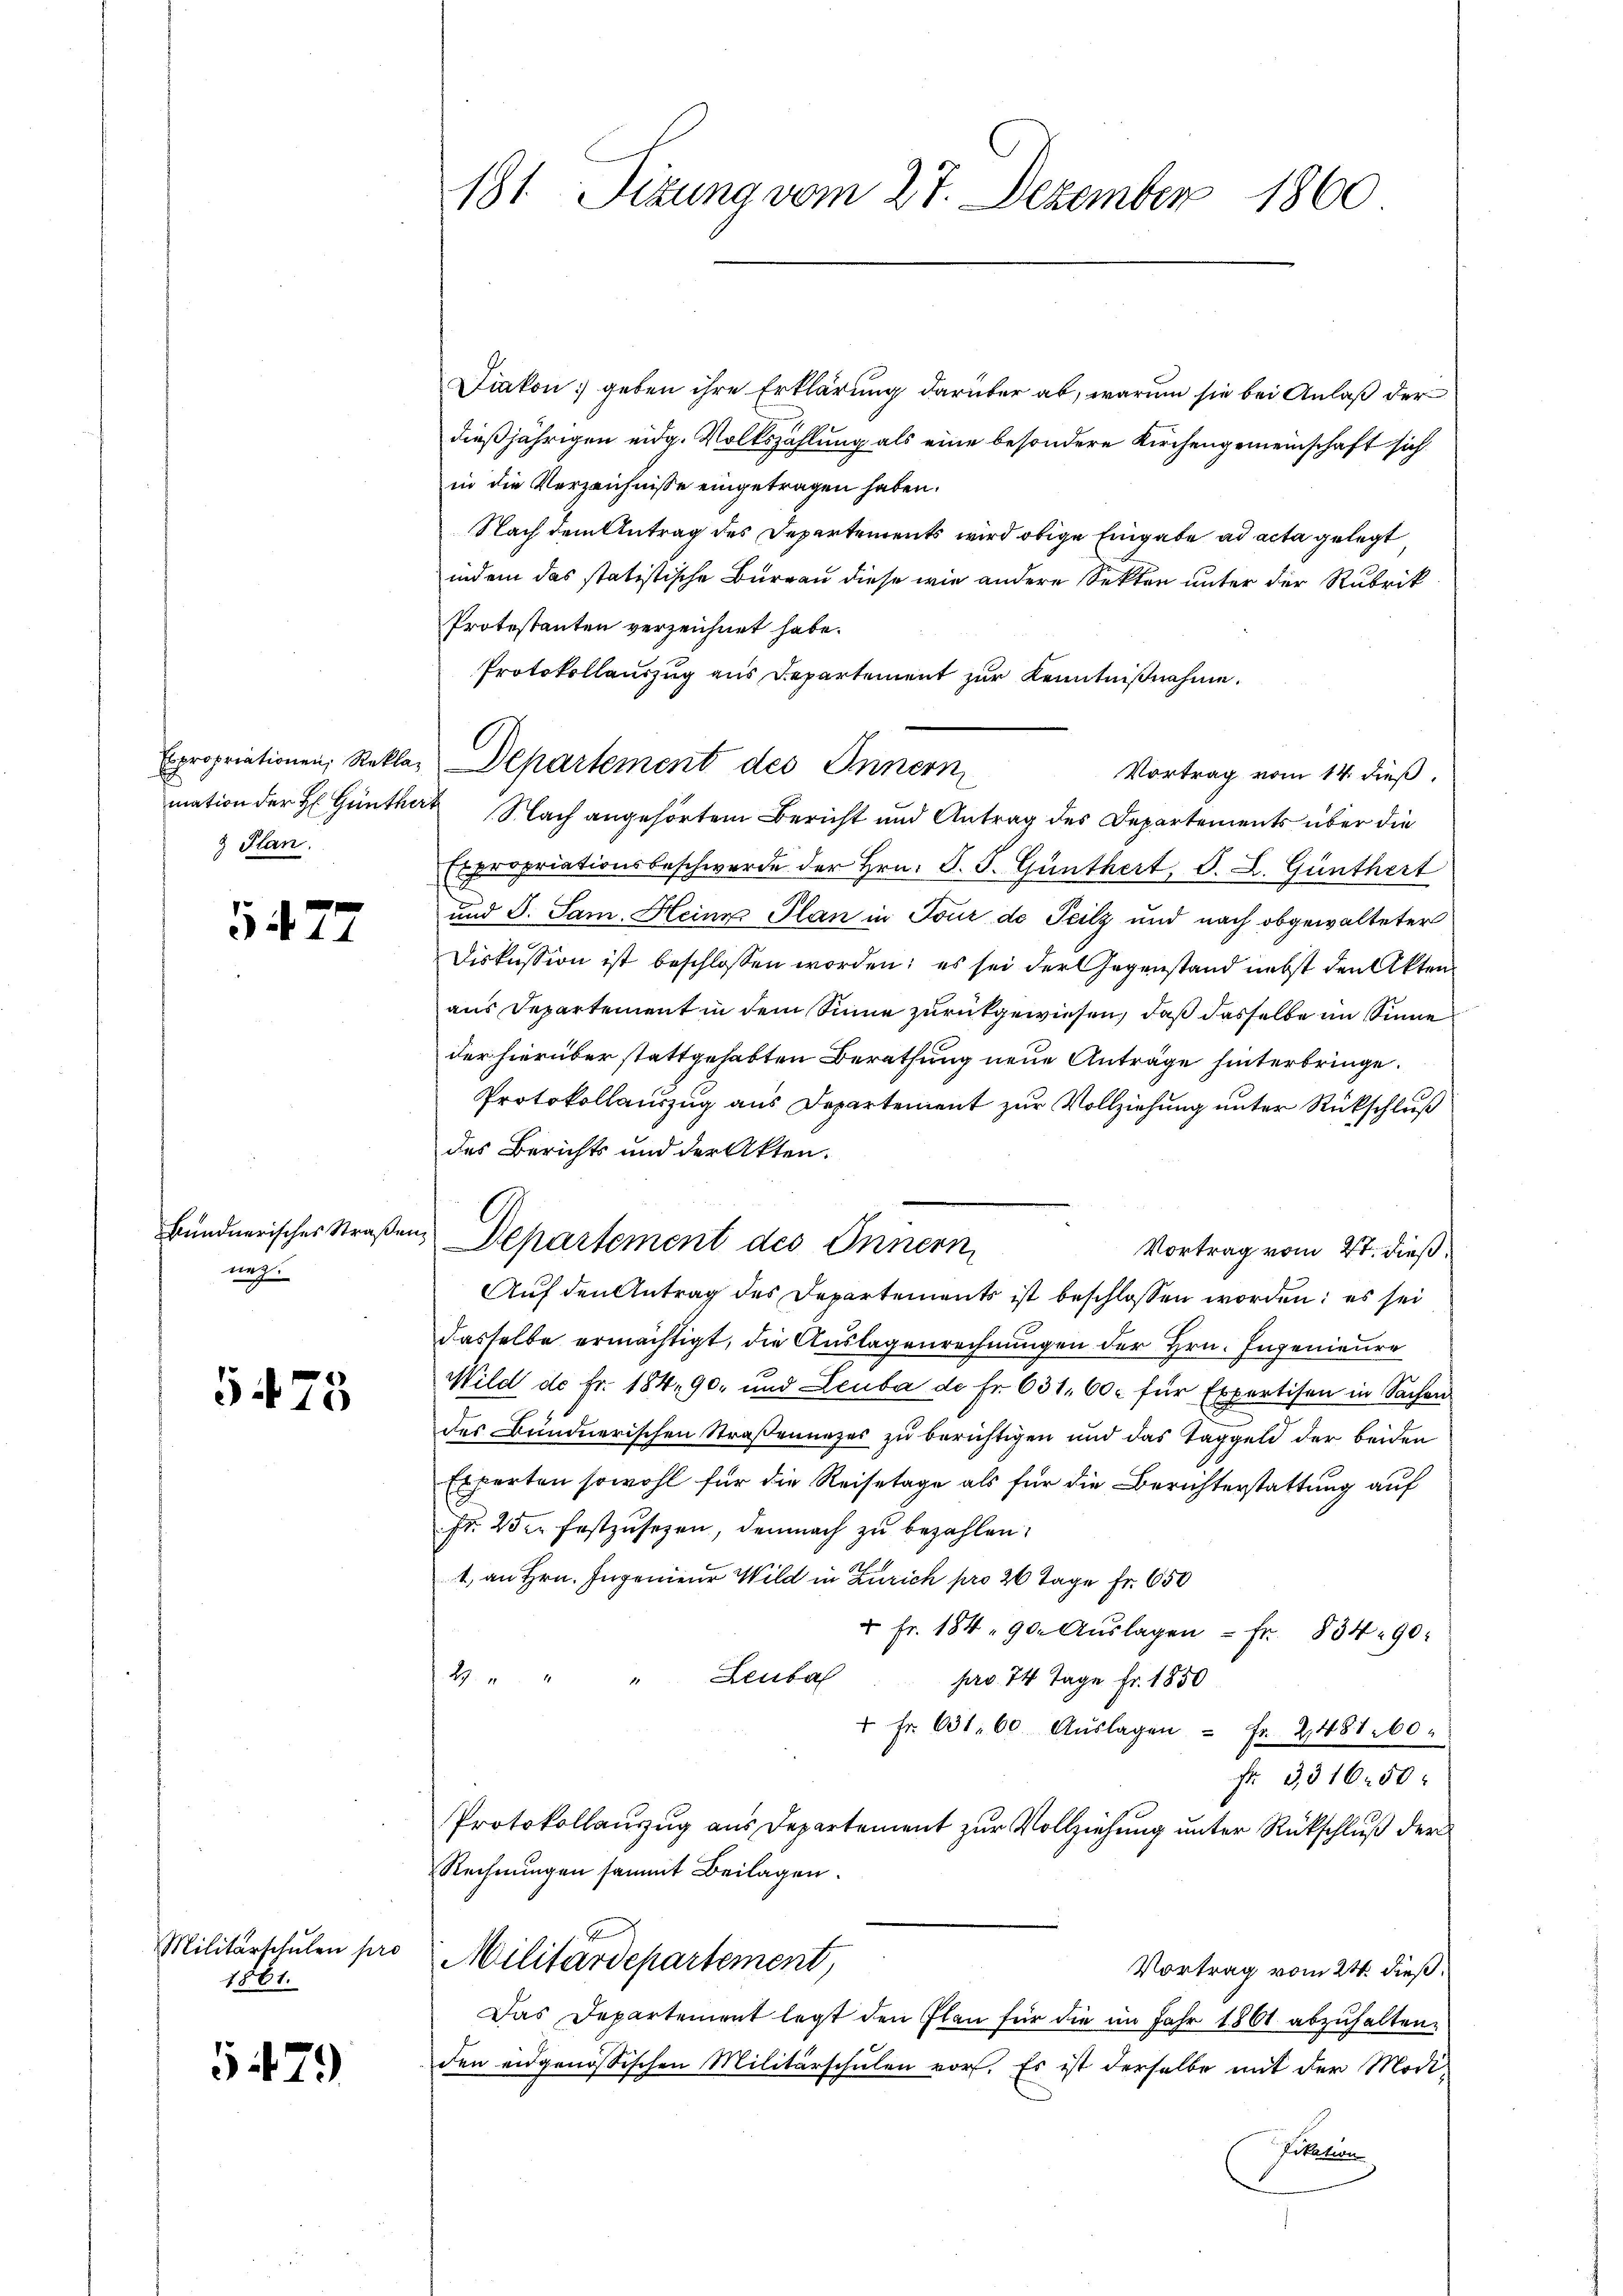
Expropriationen, Reklamation der H. Günther
& Plan.

547

Bündnerisches Straßen
neg.

5475

Militärschulen pro
1861.

479

181 Sizung vom 27. Dezember 1860

Diakon] geben ihre Erklärung darüber ab, warum sie bei Anlaß der
dießjährigen eidg. Volkszählung als eine besondere Kirchengemeinschaft sich
in die Verzeichnisse eingetragen haben.
Nach dem Antrag des Departements wird obige Eingabe ad acta gelegt
indem das statistische Bureau diese wie andere Sekten unter der Rubrik
Protestanten verzeichnet habe.
Protokollauszug aus Departement zur Kenntnißnahme.
Departement des Innern
Vortrag vom 14. dieß.
 Nach angehörtem Bericht und Antrag des Departements über die
Expropriationsbeschwerde der Hrn. S. 3. Günthert, S. L. Günthert
und S. Sam. Heine Plan in Tour de Teilz und nach obgewalteter
Diskussion ist beschlossen worden; es sei der Gegenstand nebst den Akten
aus Departement in dem Sinne zurückgewiesen, daß dasselbe im Sinne
der hierüber stattgehabten Berathung neue Anträge hinterbringe.
Protokollauszug aus Departement zur Vollziehung unter Rückschluß
des Berichts und der Akten.
Departement des Innern
Vortrag vom 27. dieß:
Auf den Antrag des Departements ist beschlossen worden; es sei
dasselbe ermächtigt, die Auslagenrechnungen der Hrn. Ingenieure
Wild de fr. 184, 90 und Leuba de Fr. 631. 60. für Expertisen in Sachen
des Bündnerischen Straßennezes zu berichtigen und das Taggeld der beiden
Experten sowohl für die Reisetage als für die Berichterstattung auf
fr. 25 festzŭsehen, demnach zu bezahlen.
1 an Hrn. Ingenieur Wild in Zürich pro 26 Tage fr. 650
u Fr. 184 90. Aŭslagen - Fr. 834 90
4
" Leuba
pro. 14 Tage Fr. 1850
" Fr. 631. 60 Aŭslagen - Fr. 248160.
Fr. 3316. 50
Protokollauszug aus Departement zur Vollziehung unter Rückschluß der
Rechnungen sammt Beilagen.
Militärdepartement,
Vortrag vom 24. dieß.
Das Departement legt den Plan für die im Jahr 1861 abzuhalten,
den eidgenössischen Militärschulen vor. Es ist derselbe mit der Modi¬
Pikation